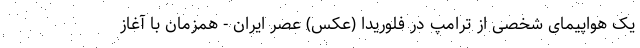
یک هواپیمای شخصی از ترامپ در فلوریدا (عکس) عصر ایران - همزمان با آغاز